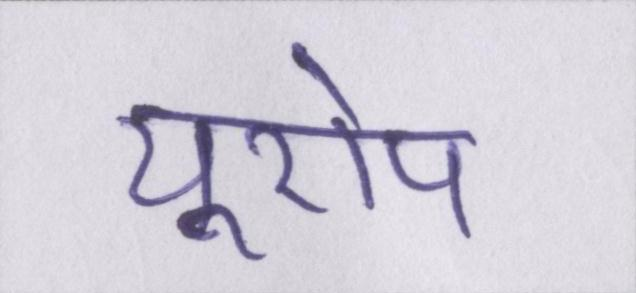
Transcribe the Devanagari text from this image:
यूरोप